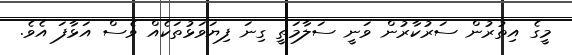
މީގެ އިތުރުން ސަރުކާރުން ވަނީ ސަލާމަތީ ގިނަ ފިޔަވަޅުތަކެއް ވެސް އަޅާފަ އެވެ.